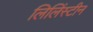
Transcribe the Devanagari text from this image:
लिलिंस्टीन